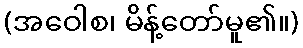
(အဝေါစ၊ မိန့်တော်မူ၏။)